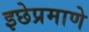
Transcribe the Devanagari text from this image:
इछेप्रमाणे